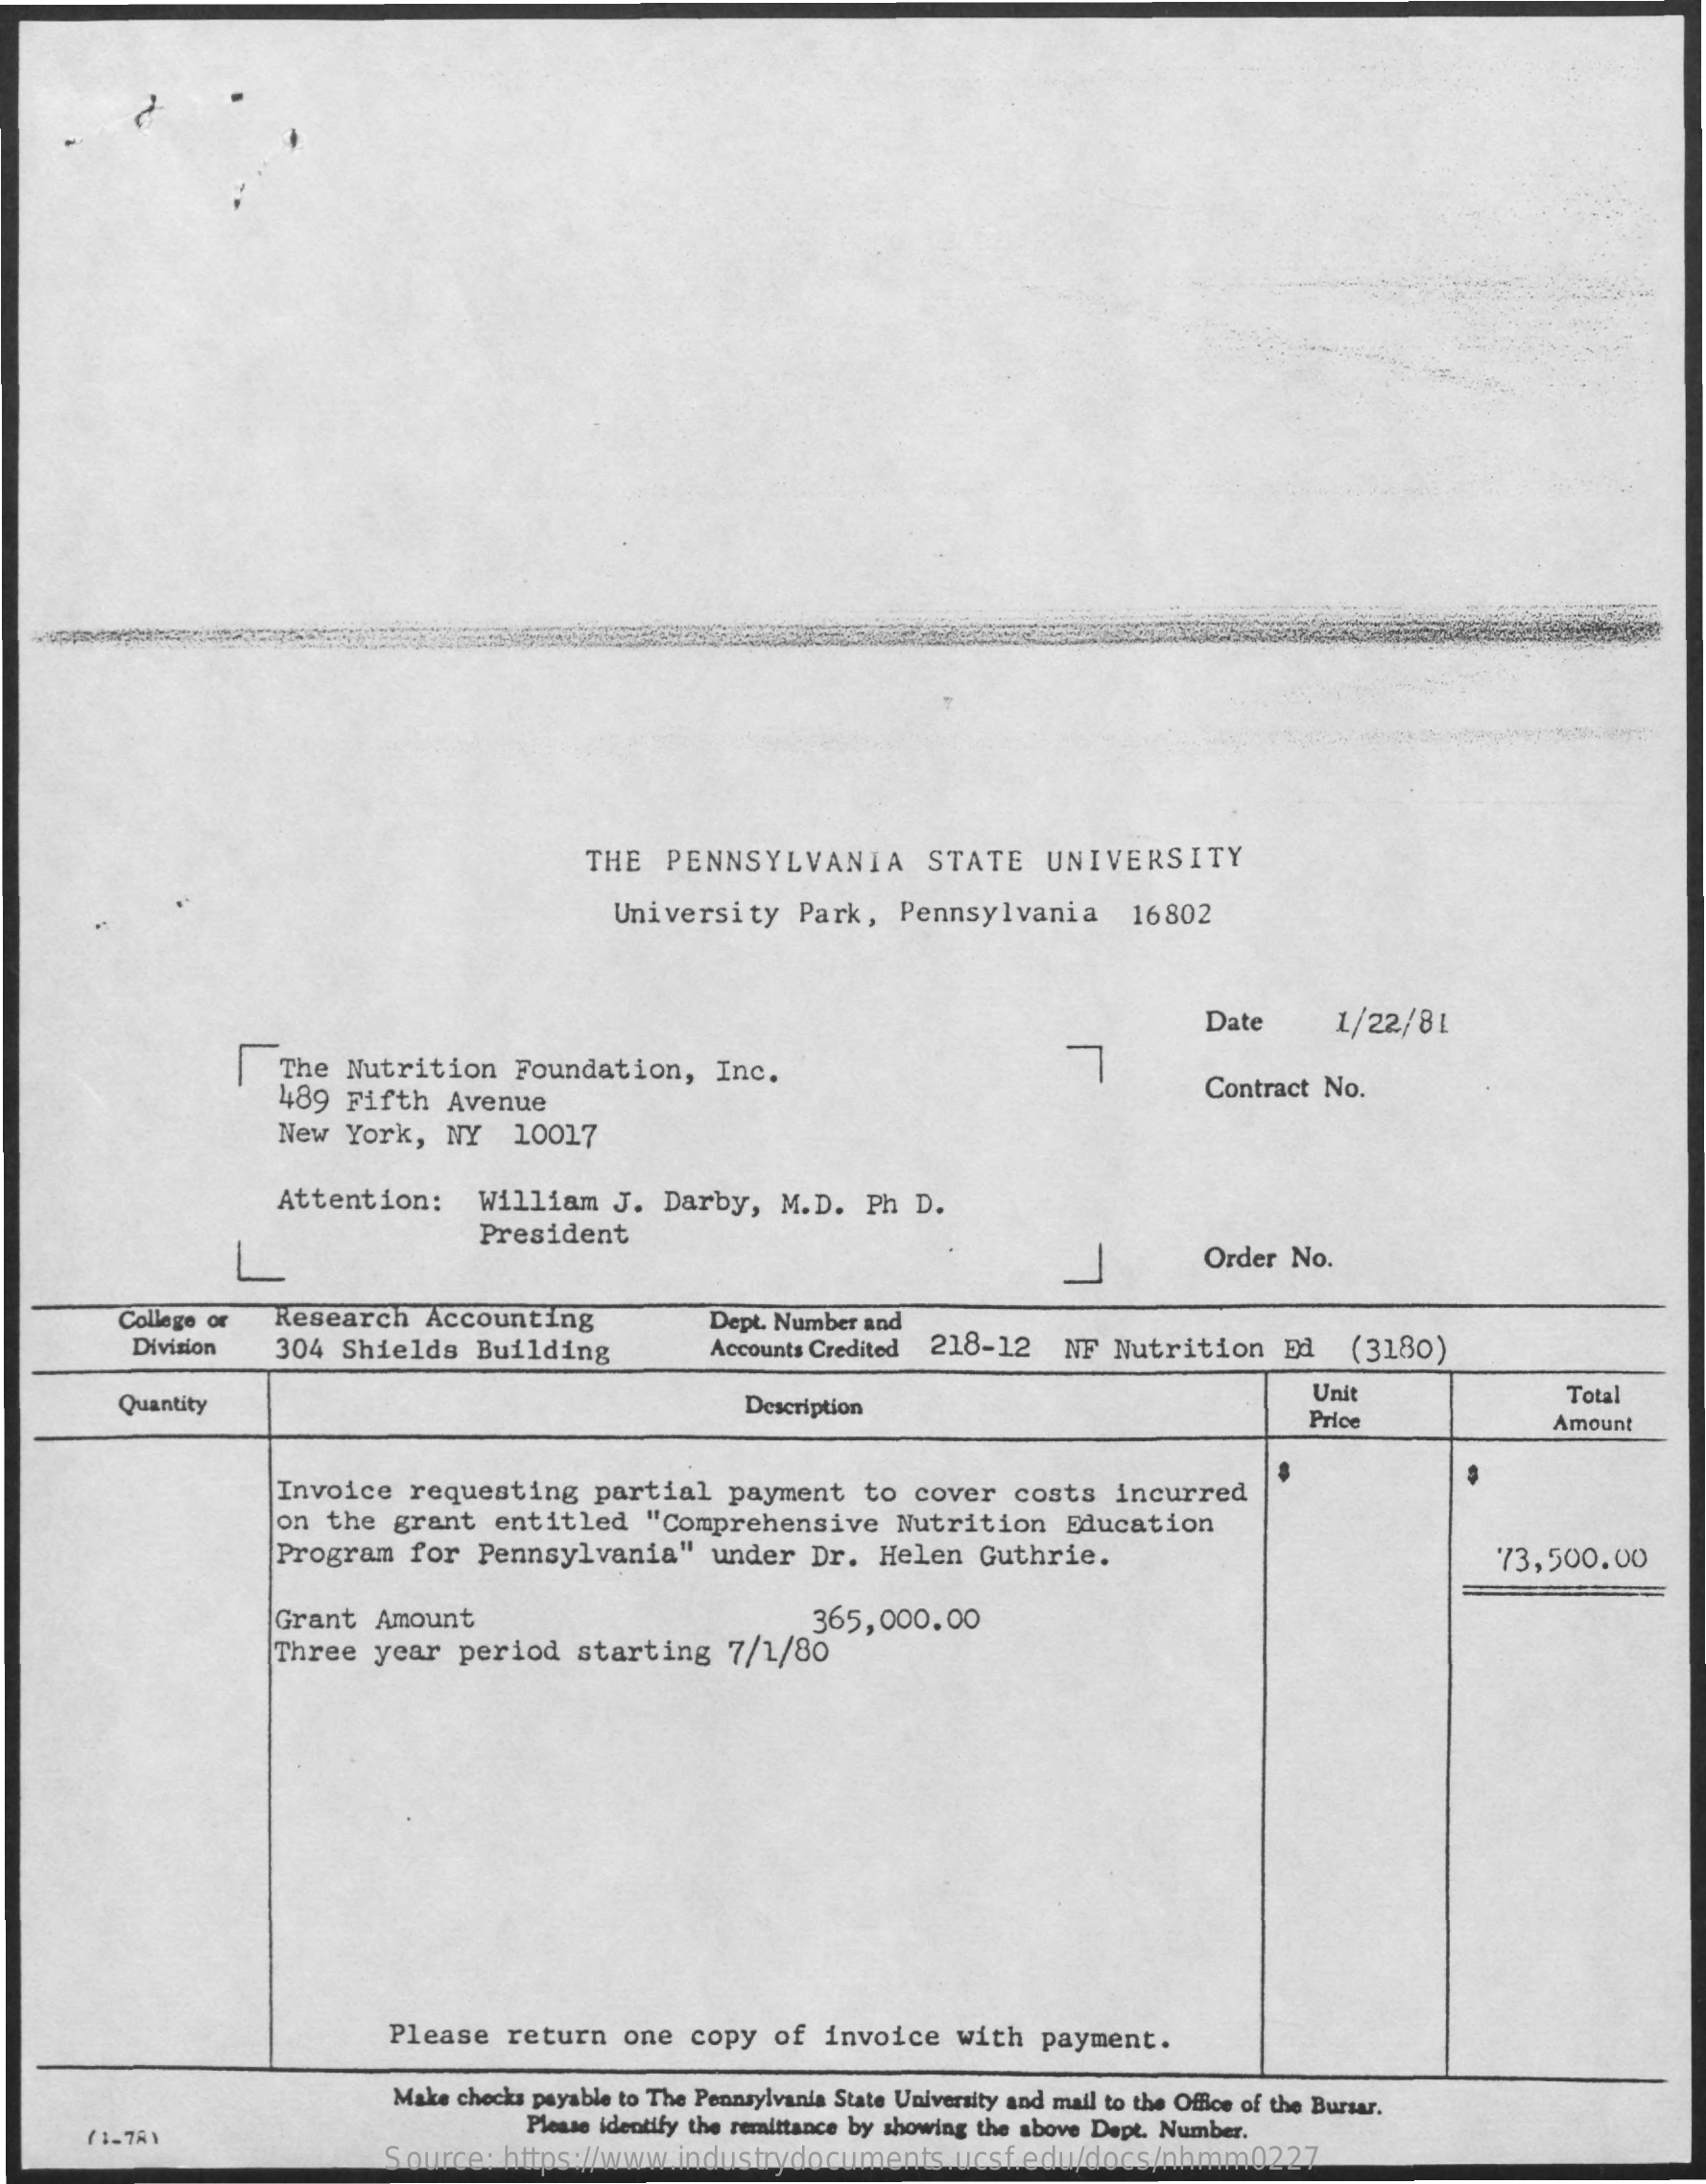
THE  PENNSYLVANIA    STATE    UNIVERSITY
     University    Park,   Pennsylvania    16802
     Date
     7
     1/22/8  1
     The  Nutrition    Foundation,    Inc.
     489  Fifth   Avenue
     Contract No.
     New  York,   NY    10017
     Attention:    William    J. Darby,    M.D.   Ph D.
     L
     President
     Order No.
     College or   Research    Accounting
     304  Shields    Building
     Dept. Number and
     Division    Accounts Credited 218-12   NF  Nutrition    Ed    (3180)
     Quantity    Description
     Unit    Total
     Price    Amount
     Invoice   requesting    partial    payment   to  cover   costs   incurred
     on  the  grant   entitled    "Comprehensive    Nutrition    Education
     Program   for   Pennsylvania"    under   Dr.  Helen   Guthrie.    73,500.00
     Grant   Amount
     Three  year   period    starting    7/1/80
     365,000.00
     Please   return   one   copy  of  invoice    with  payment.
     Make checks payable to The Pennsylvania State University and mail to the Office of the Bursar.
     ( 1-78)
     Please identify the remittance by showing the above Dept. Number.
     Source:   https://www.industrydocuments.ucsf.edu/docs/nhmm0227